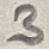
Text: 3